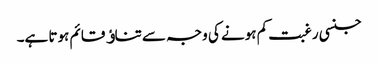
جنسی رغبت کم ہونے کی وجہ سے تناﺅ قائم ہوتا ہے۔